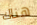
هناك